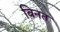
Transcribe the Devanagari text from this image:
बिनत